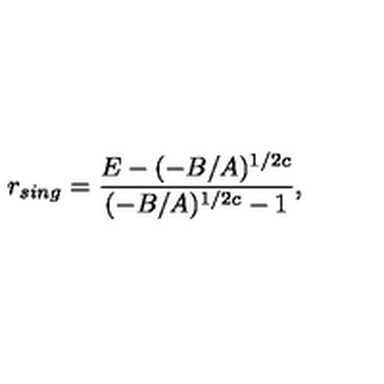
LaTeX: r _ { s i n g } = \frac { E - ( - B / A ) ^ { 1 / 2 c } } { ( - B / A ) ^ { 1 / 2 c } - 1 } ,